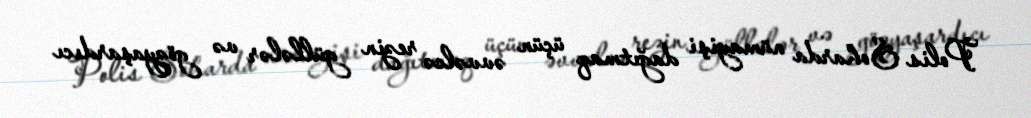
Polis Soharda nümayişi dağıtmaq üçün əvvəlcə rezin güllələr və gözyaşardıcı